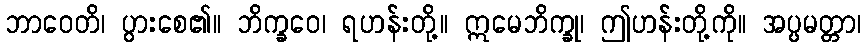
ဘာဝေတိ၊ ပွားစေ၏။ ဘိက္ခဝေ၊ ရဟန်းတို့။ ဣမေဘိက္ခု၊ ဤဟန်းတို့ကို။ အပ္ပမတ္တာ၊